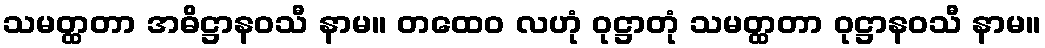
သမတ္ထတာ အဓိဋ္ဌာနဝသီ နာမ။ တထေဝ လဟုံ ဝုဋ္ဌာတုံ သမတ္ထတာ ဝုဋ္ဌာနဝသီ နာမ။